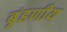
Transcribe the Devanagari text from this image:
बृंहणीय